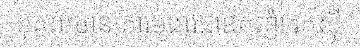
បុគ្គលមានគោរមងារជាឧកញ៉ា រកស៊ី